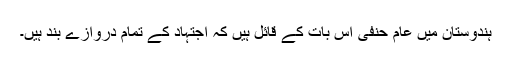
ہندوستان میں عام حنفی اس بات کے قائل ہیں کہ اجتہاد کے تمام دروازے بند ہیں۔